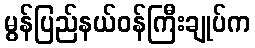
မွန်ပြည်နယ်ဝန်ကြီးချုပ်က